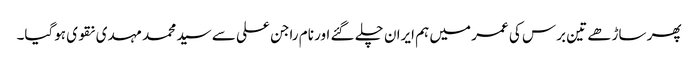
پھر ساڑھے تین برس کی عمر میں ہم ایران چلے گئے اور نام راجن علی سے سید محمد مہدی نقوی ہوگیا۔